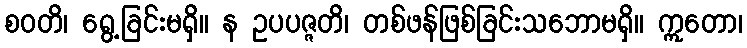
စဝတိ၊ ရွေ့ခြင်းမရှိ။ န ဥပပဇ္ဇတိ၊ တစ်ဖန်ဖြစ်ခြင်းသဘောမရှိ။ ဣတော၊